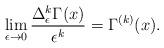
LaTeX: \begin{align*} \lim_{\epsilon \to 0} \frac{\Delta_\epsilon^k \Gamma(x)}{\epsilon^k} = \Gamma^{(k)}(x).\end{align*}